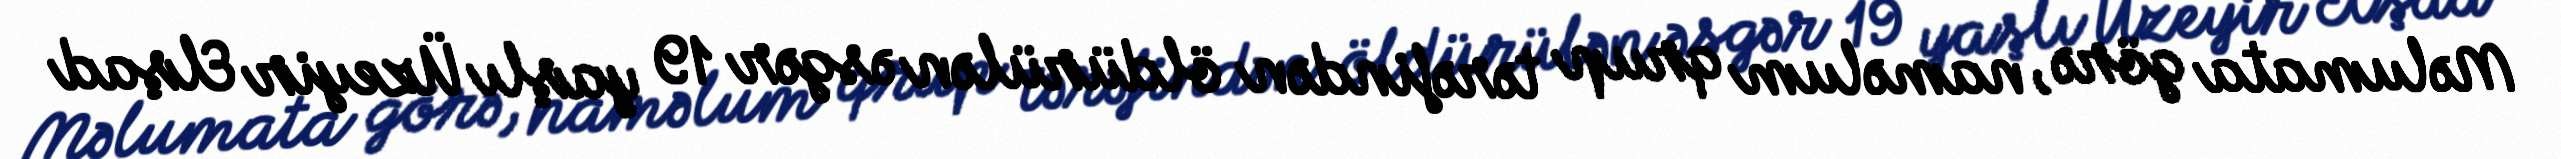
Məlumata görə, naməlum qrup tərəfindən öldürülən əsgər 19 yaşlı Üzeyir Elşad